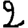
Digit: 2